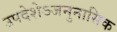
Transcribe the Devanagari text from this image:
उपदेशेऽजनुनासिक